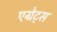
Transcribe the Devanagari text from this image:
एग्रेट्स